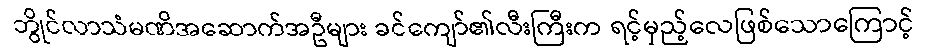
ဘွိုင်လာသံမဏိအဆောက်အဦများ ခင်ကျော်၏လီးကြီးက ရင့်မှည့်လေဖြစ်သောကြောင့်